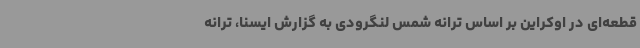
قطعه‌ای در اوکراین بر اساس ترانه شمس لنگرودی به گزارش ایسنا، ترانه